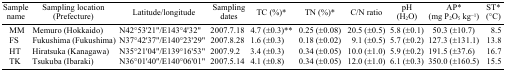
| Sample name | Sampling location (Prefecture) | Latitude/longitude | Sampling dates | TC (%)* | TN (%)* | C/N ratio | pH (H2O) | AP* (mg P2O5 kg−1) | ST* (°C) |
 | --- | --- | --- | --- | --- | --- | --- | --- | --- | --- |
 | MM | Memuro (Hokkaido) | N42°53′21′′/E143°4′32′′ | 2007.7.18 | 4.7 (±0.3)** | 0.25 (±0.08) | 20.5 (±0.5) | 5.8 (±0.1) | 50.3 (±10.7) | 8.5 |
 | FS | Fukushima (Fukushima) | N37°42′37′′/E140°23′29′′ | 2007.8.28 | 1.6 (±0.3) | 0.18 (±0.02) | 9.1 (±0.5) | 5.7 (±0.2) | 127.3 (±131.1) | 13.8 |
 | HT | Hiratsuka (Kanagawa) | N35°21′04′′/E139°16′53′′ | 2007.9.2 | 3.4 (±0.3) | 0.34 (±0.05) | 10.0 (±1.0) | 5.9 (±0.2) | 191.5 (±37.6) | 16.7 |
 | TK | Tsukuba (Ibaraki) | N36°01′40′′/E140°06′01′′ | 2007.5.14 | 4.1 (±0.8) | 0.34 (±0.05) | 12.0 (±1.0) | 6.1 (±0.3) | 350.0 (±160.5) | 15.5 |